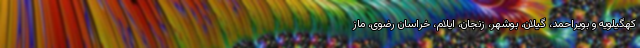
کهگیلویه و بویراحمد، گیلان، بوشهر، زنجان، ایلام، خراسان رضوی، ماز